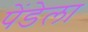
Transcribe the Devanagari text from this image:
पेंडेला